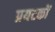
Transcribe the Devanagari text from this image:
प्रयटकों